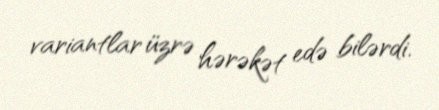
variantlar üzrə hərəkət edə bilərdi.